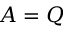
A = Q